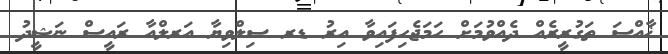
ޚާއްސަ ތަގުރީރެއް ދެއްވުމަށް ހަމަޖެހިފައިވާ އިރު ޑރ ސިލްވިޔާ އަރލްއާ ރައީސް ނަޝީދު